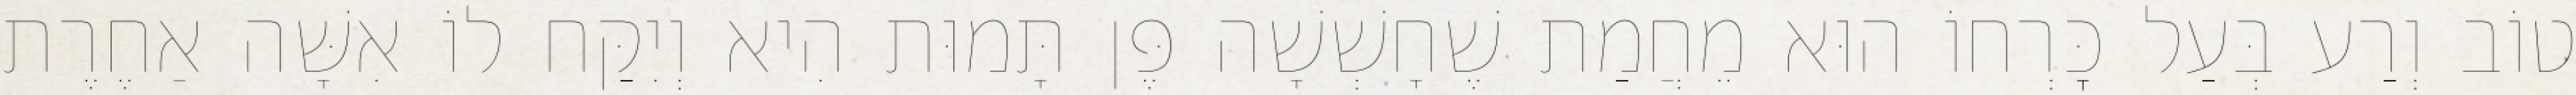
טוֹב וְרַע בְּעַל כׇּרְחוֹ הוּא מֵחֲמַת שֶׁחָשְׁשָׁה פֶּן תָּמוּת הִיא וְיִקַּח לוֹ אִשָּׁה אַחֶרֶת